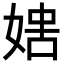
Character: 𡞐